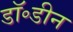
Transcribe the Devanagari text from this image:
डॉ॰डीन